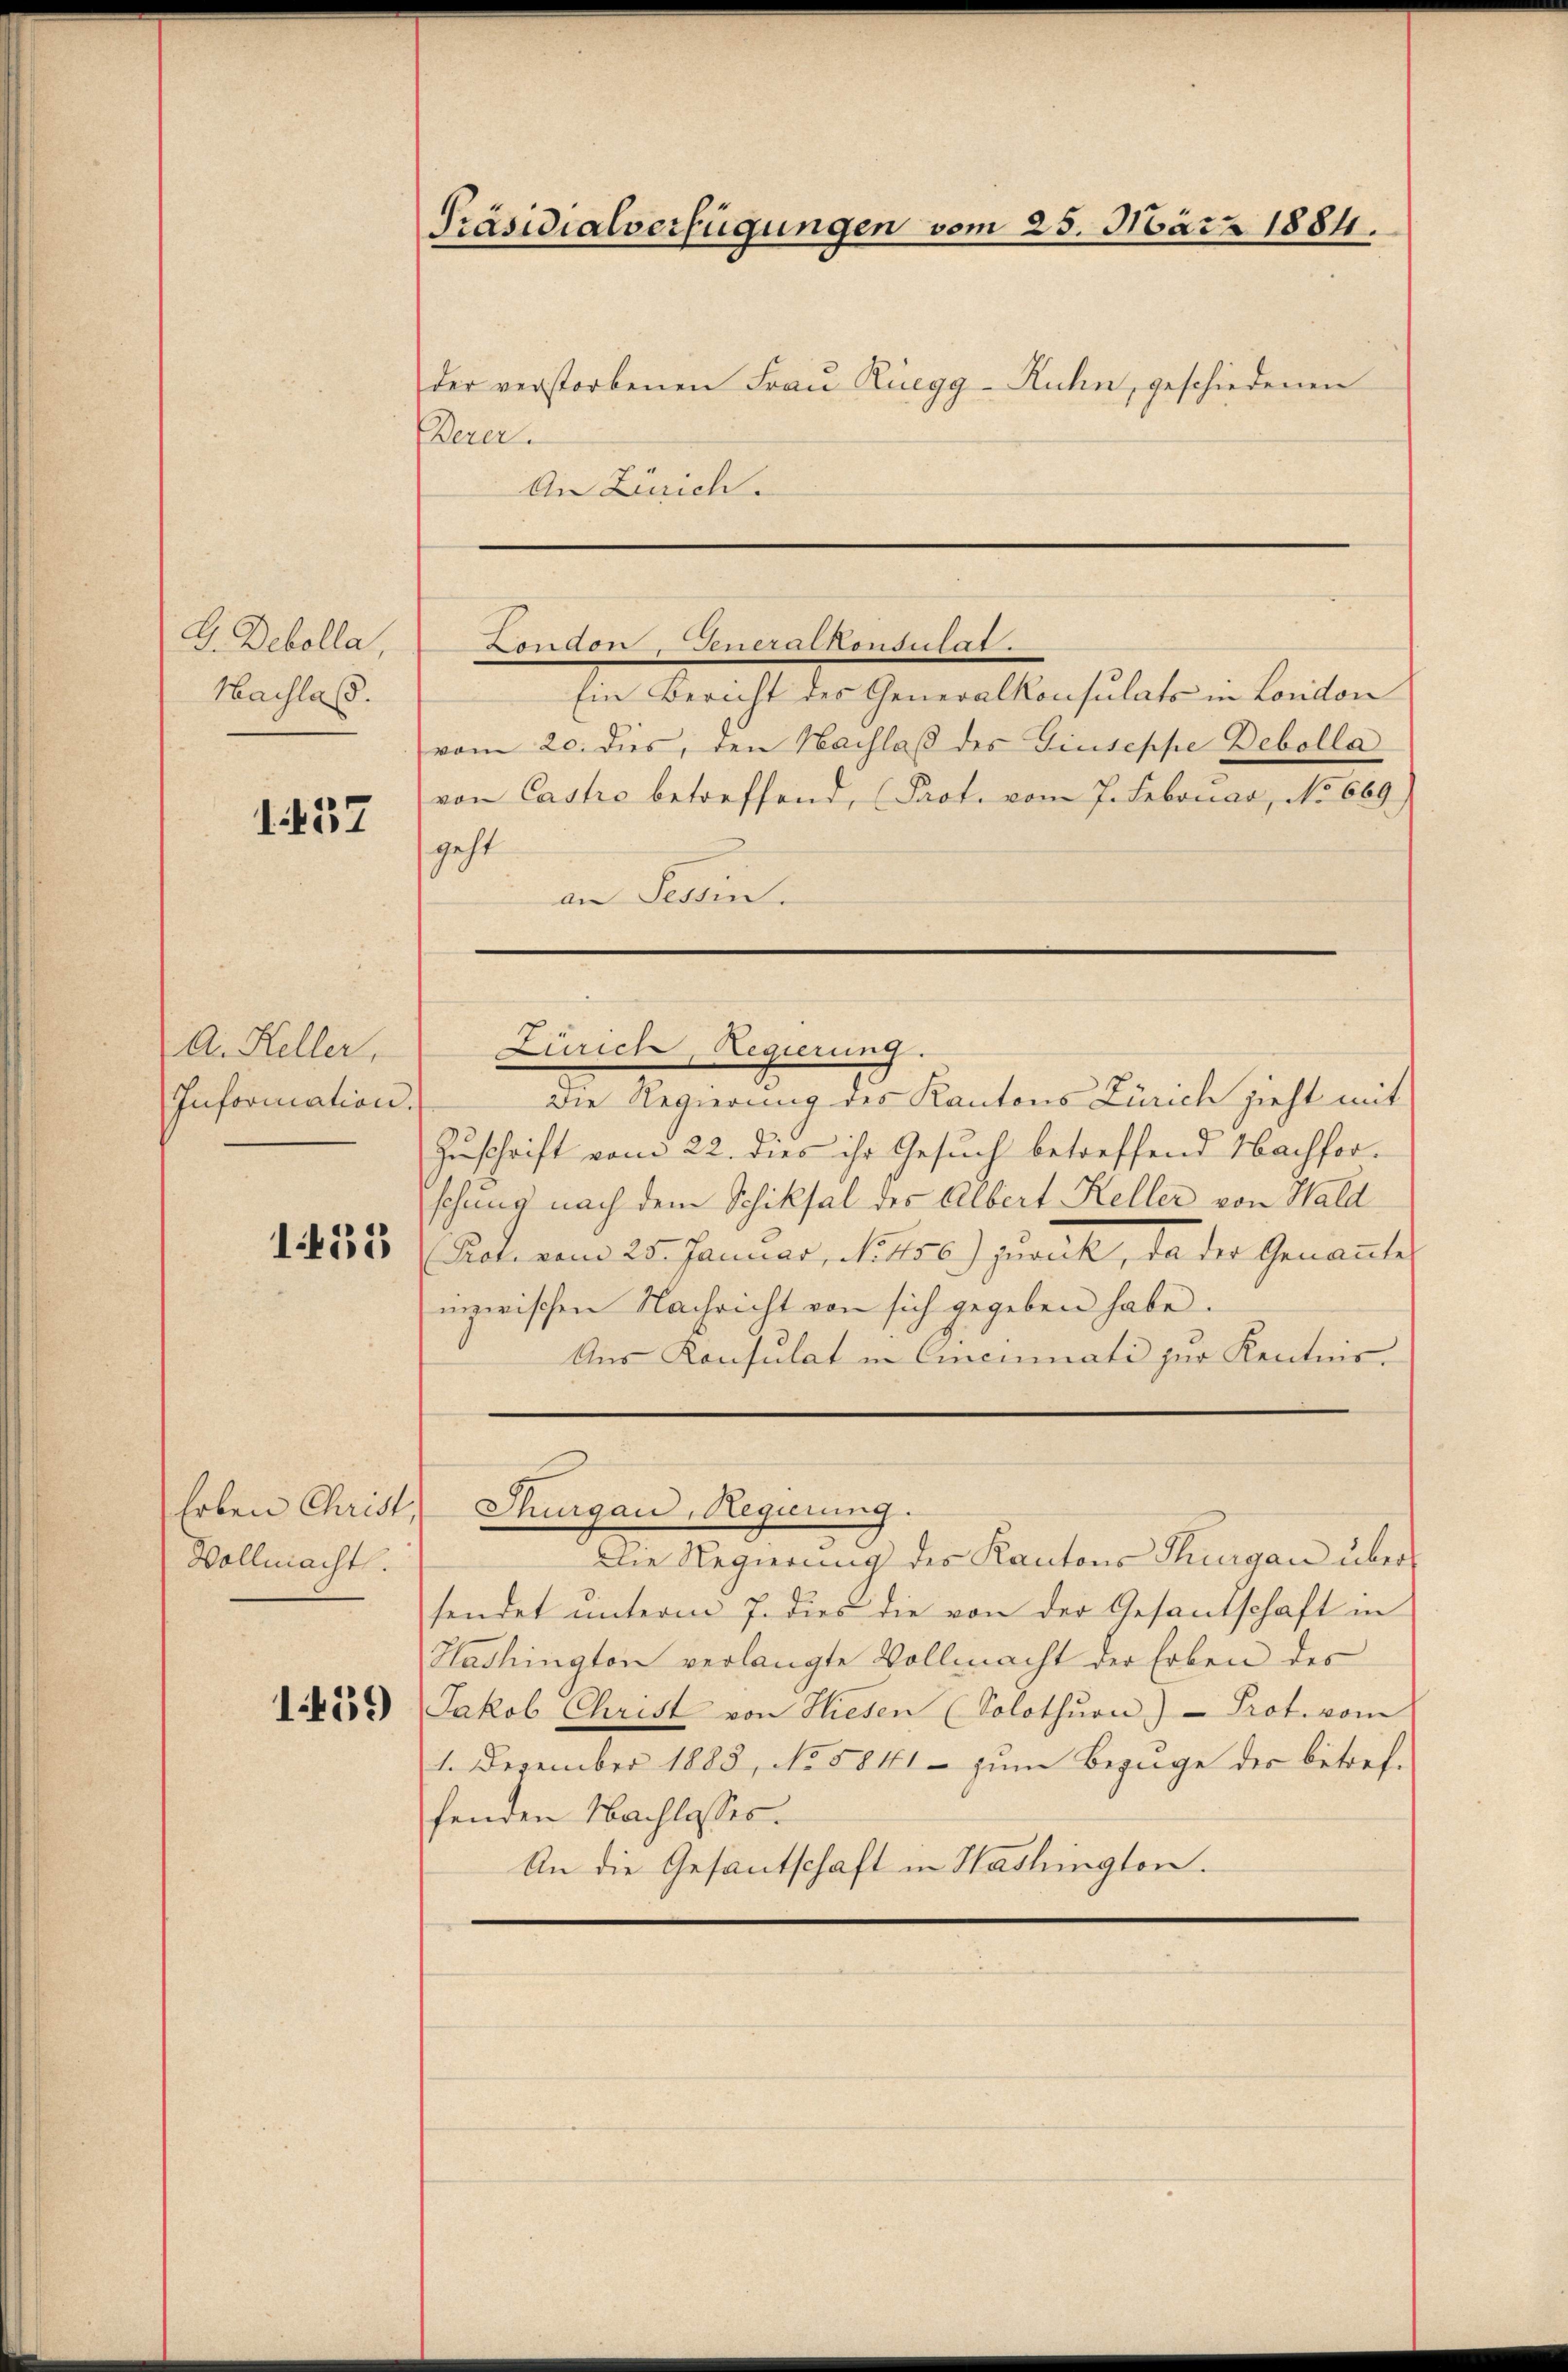
G. Debolla,
Nachlas.

1157

A. Keller,
Information.
1455

Erben Christ,
Vollmacht.

Präsidialverfügungen vom 25. März 1884.

der verstorbenen Frau Rüegg-Ruhn, geschiedenen
Perer.
An Zürich.

London, Generalkonsulat

Zürich, Regierung.

Ein Bericht des Generalkonsulats in London
vom 20. dies, den Nachlaß des Giuseppe Debolla
von Castro betreffend, (Prot. vom 7. Februar, No 669.)
geht
an Tessin.

Die Regierung des Kantons Zürich zieht mit
Zuschrift vom 22. dies ihr Gesuch betreffend Hachforschung nach dem Schiksal des Albert Keller von Wald
Poti vom 25. Januar, No 156.) zurück, da der Genannte
inzwischen Nachricht von sich gegeben habe.
Aus Konsulat in Cincumati zur Kenntnis-

Thurgau, Regierung.
Die Regierung des Kantons Thurgau über

sendet unterm 7. dies die von der Gesantschaft in
Hachington verlangte Vollmacht der Erben des
1.45) Jakob Christ von Wiesen (Solothŭrn)- Prot. vom
1. Dezember 1883, No 5841 – zum Bezuge der betreffenden Nachlasses.
An die Gesantschaft in Hashingten.